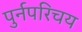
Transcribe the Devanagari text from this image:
पुर्नपरिचय